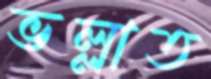
ভল্লাত